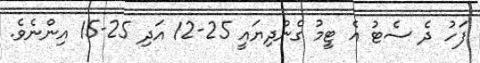
ފަހު ދެ ސެޓު އެ ޓީމު ގެންދިޔައީ 25-12 އަދި 25-15 އިންނެވެ.